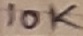
Text: 10K